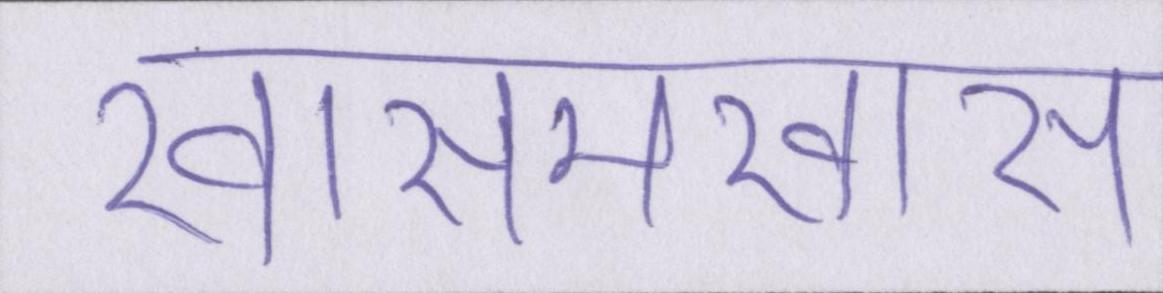
खासमखास